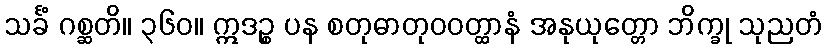
သင်္ခံ ဂစ္ဆတိ။ ၃၆၀။ ဣဒဉ္စ ပန စတုဓာတုဝဝတ္ထာနံ အနုယုတ္တော ဘိက္ခု သုညတံ